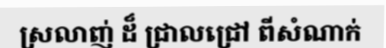
ស្រលាញ់ ដ៏ ជ្រាលជ្រៅ ពីសំណាក់